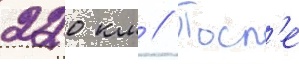
220 км // Посл'е